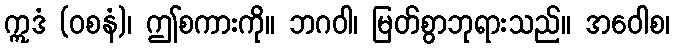
ဣဒံ (ဝစနံ)၊ ဤစကားကို။ ဘဂဝါ၊ မြတ်စွာဘုရားသည်။ အဝေါစ၊